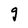
Character: g